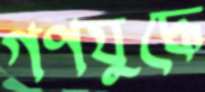
গণযুদ্ধে